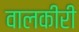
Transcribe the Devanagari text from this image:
वालकीरी